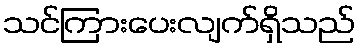
သင်ကြားပေးလျက်ရှိသည်